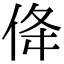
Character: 佭